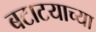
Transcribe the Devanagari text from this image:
बटाटयाच्या